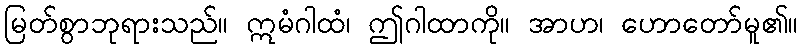
မြတ်စွာဘုရားသည်။ ဣမံဂါထံ၊ ဤဂါထာကို။ အာဟ၊ ဟောတော်မူ၏။